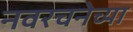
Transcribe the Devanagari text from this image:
नवरचनेच्या